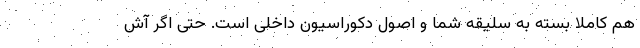
هم کاملا بسته به سلیقه شما و اصول دکوراسیون داخلی است. حتی اگر آش